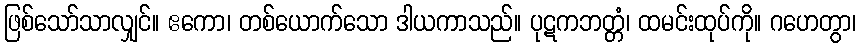
ဖြစ်သော်သာလျှင်။ ဧကော၊ တစ်ယောက်သော ဒါယကာသည်။ ပုဋကဘတ္တံ၊ ထမင်းထုပ်ကို။ ဂဟေတွာ၊